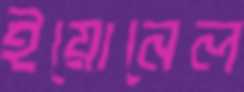
ইয়োনেল